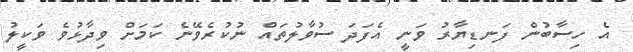
އެ ހިސާބުން ފަނޑިޔާރު ވަނީ އެފަދަ ސުވާލުތައް ނުކުރެވޭނެ ކަމަށް ވިދާޅުވެ ވަކީލު